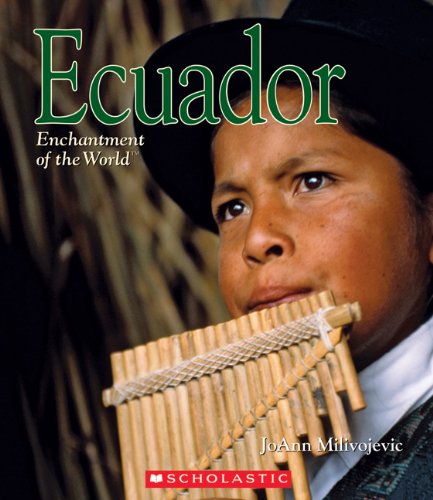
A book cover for Ecuador (Enchantment of the World, Second); JoAnn Milivojevic; Children's Books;